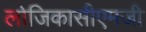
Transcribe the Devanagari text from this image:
लोजिकासीएमजी